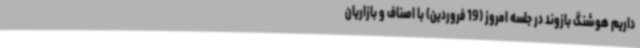
داریم هوشنگ بازوند در جلسه امروز (19 فروردین) با اصناف و بازاریان